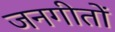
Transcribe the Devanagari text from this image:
जनगीतों